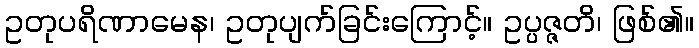
ဥတုပရိဏာမေန၊ ဥတုပျက်ခြင်းကြောင့်။ ဥပ္ပဇ္ဇတိ၊ ဖြစ်၏။